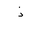
Letter: _thal